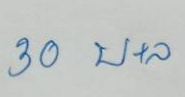
30 บ+ล